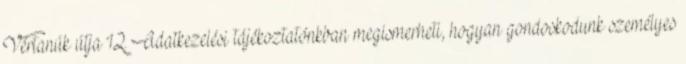
Vértanúk útja 12. Adatkezelési tájékoztatónkban megismerheti, hogyan gondoskodunk személyes